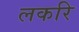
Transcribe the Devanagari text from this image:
लकरि